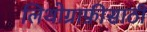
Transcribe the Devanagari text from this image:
लिथोग्राफ़ीसाठी